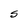
Character: S